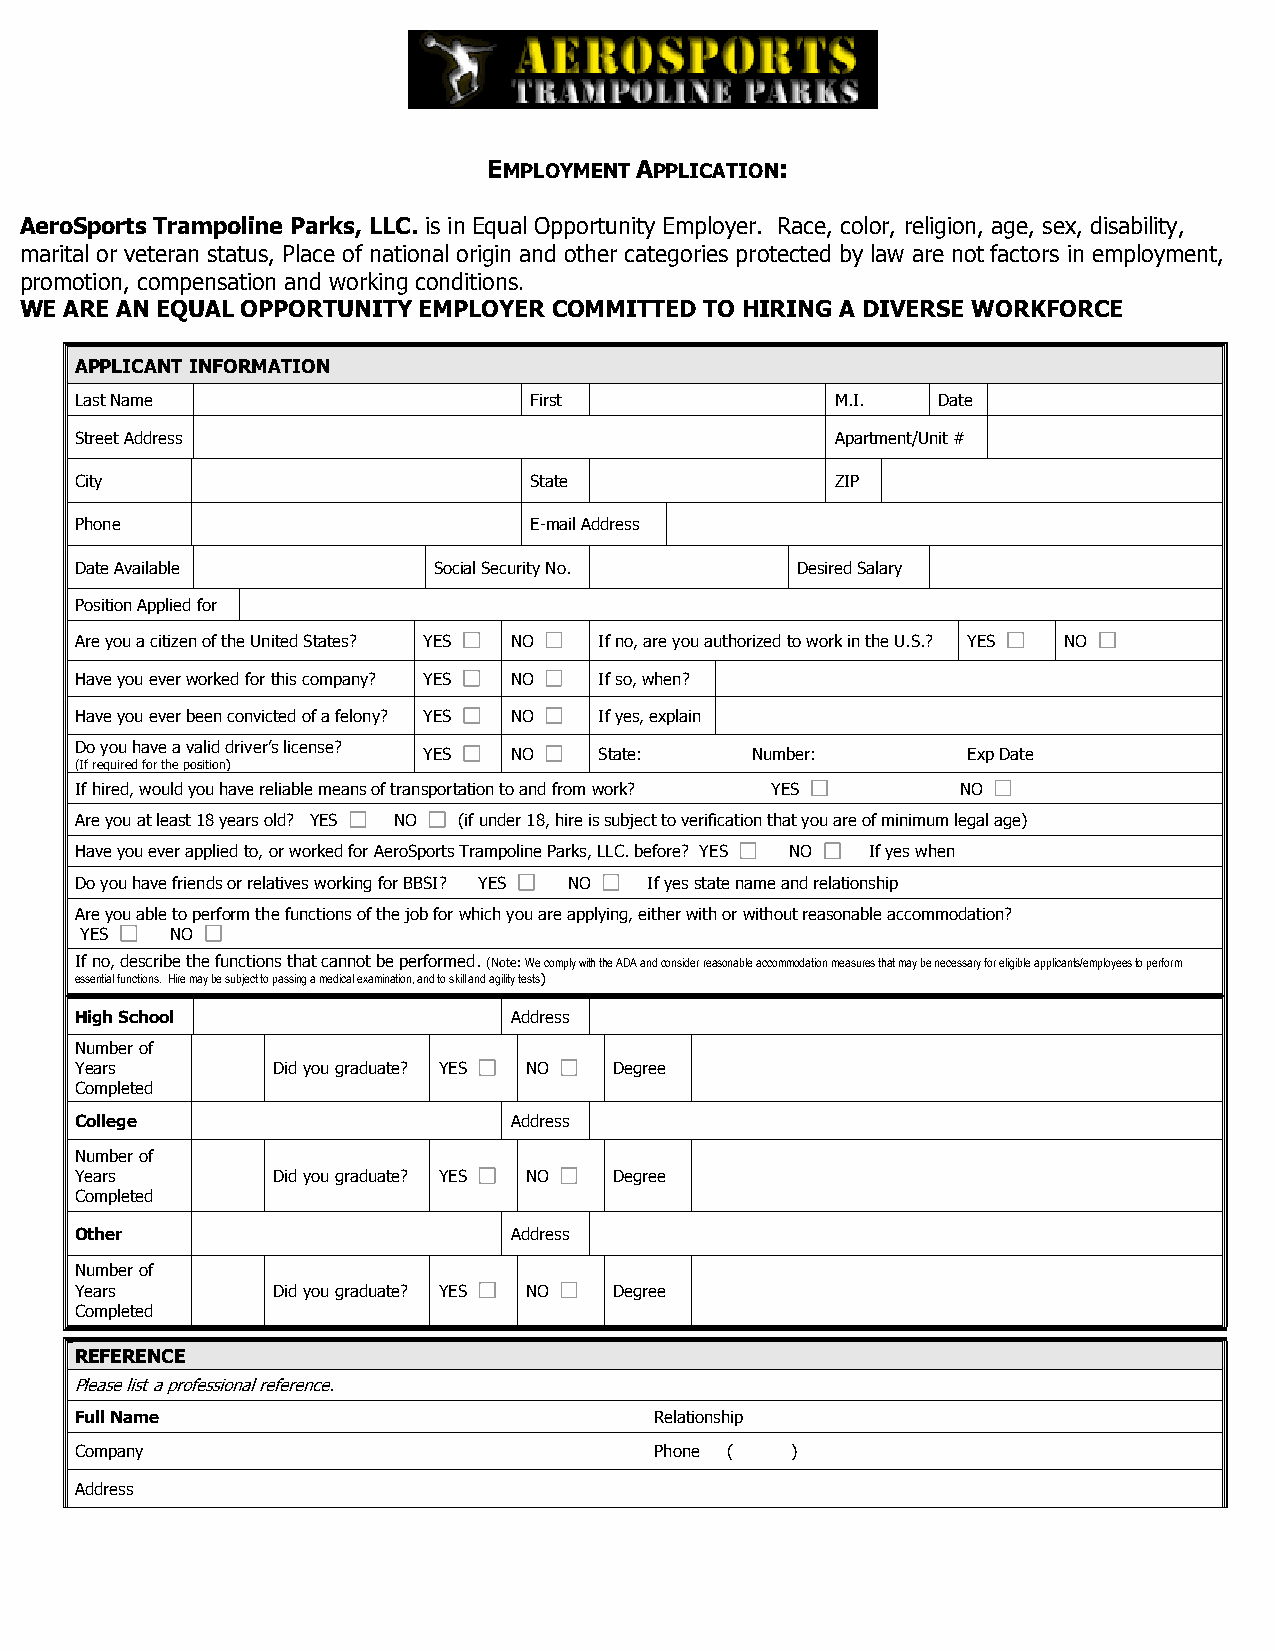
EMPLOYMENT APPLICATION:
 AeroSports Trampoline Parks, LLC. is in Equal Opportunity Employer. Race, color, religion, age, sex, disability,
 marital or veteran status, Place of national origin and other categories protected by law are not factors in employment,
 promotion, compensation and working conditions.
 WE ARE AN EQUAL OPPORTUNITY EMPLOYER COMMITTED TO HIRING A DIVERSE WORKFORCE
 APPLICANT INFORMATION
 Last Name                     First               M.I.   Date
 Street Address                                    Apartment/Unit #
 City                          State               ZIP
 Phone                         E-mail Address
 Date Available          Social Security No.     Desired Salary
 Position Applied for
 Are you a citizen of the United States? YES NO If no, are you authorized to work in the U.S.? YES NO
 Have you ever worked for this company? YES NO If so, when?
 Have you ever been convicted of a felony? YES NO If yes, explain
 Do you have a valid driver’s license?
 YES   NO    State:    Number:       Exp Date
 (If required for the position)
 If hired, would you have reliable means of transportation to and from work? YES NO
 Are you at least 18 years old? YES NO (if under 18, hire is subject to verification that you are of minimum legal age)
 Have you ever applied to, or worked for AeroSports Trampoline Parks, LLC. before? YES NO If yes when
 Do you have friends or relatives working for BBSI? YES NO If yes state name and relationship
 Are you able to perform the functions of the job for which you are applying, either with or without reasonable accommodation?
 YES   NO
 If no, describe the functions that cannot be performed. (Note: We comply with the ADA and consider reasonable accommodation measures that may be necessary for eligible applicants/employees to perform
 essential functions. Hire may be subject to passing a medical examination, and to skill and agility tests)
 High School                  Address
 Number of
 Years        Did you graduate? YES NO Degree
 Completed
 College                      Address
 Number of
 Years        Did you graduate? YES NO Degree
 Completed
 Other                        Address
 Number of
 Years        Did you graduate? YES NO Degree
 Completed
 REFERENCE
 P lease list a professional reference.
 Full Name                             Relationship
 Company                               Phone (  )
 Address